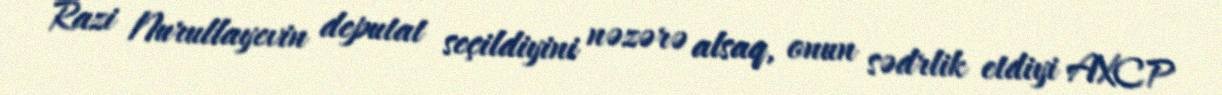
Razi Nurullayevin deputat seçildiyini nəzərə alsaq, onun sədrlik etdiyi AXCP